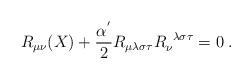
LaTeX: \begin{align*}R_{\mu\nu}(X)+\frac{\alpha^{'}}{2}R_{\mu\lambda\sigma\tau}R_{\nu}^{\;\;\lambda\sigma\tau}= 0\;.\end{align*}